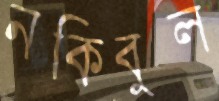
নকিবুল